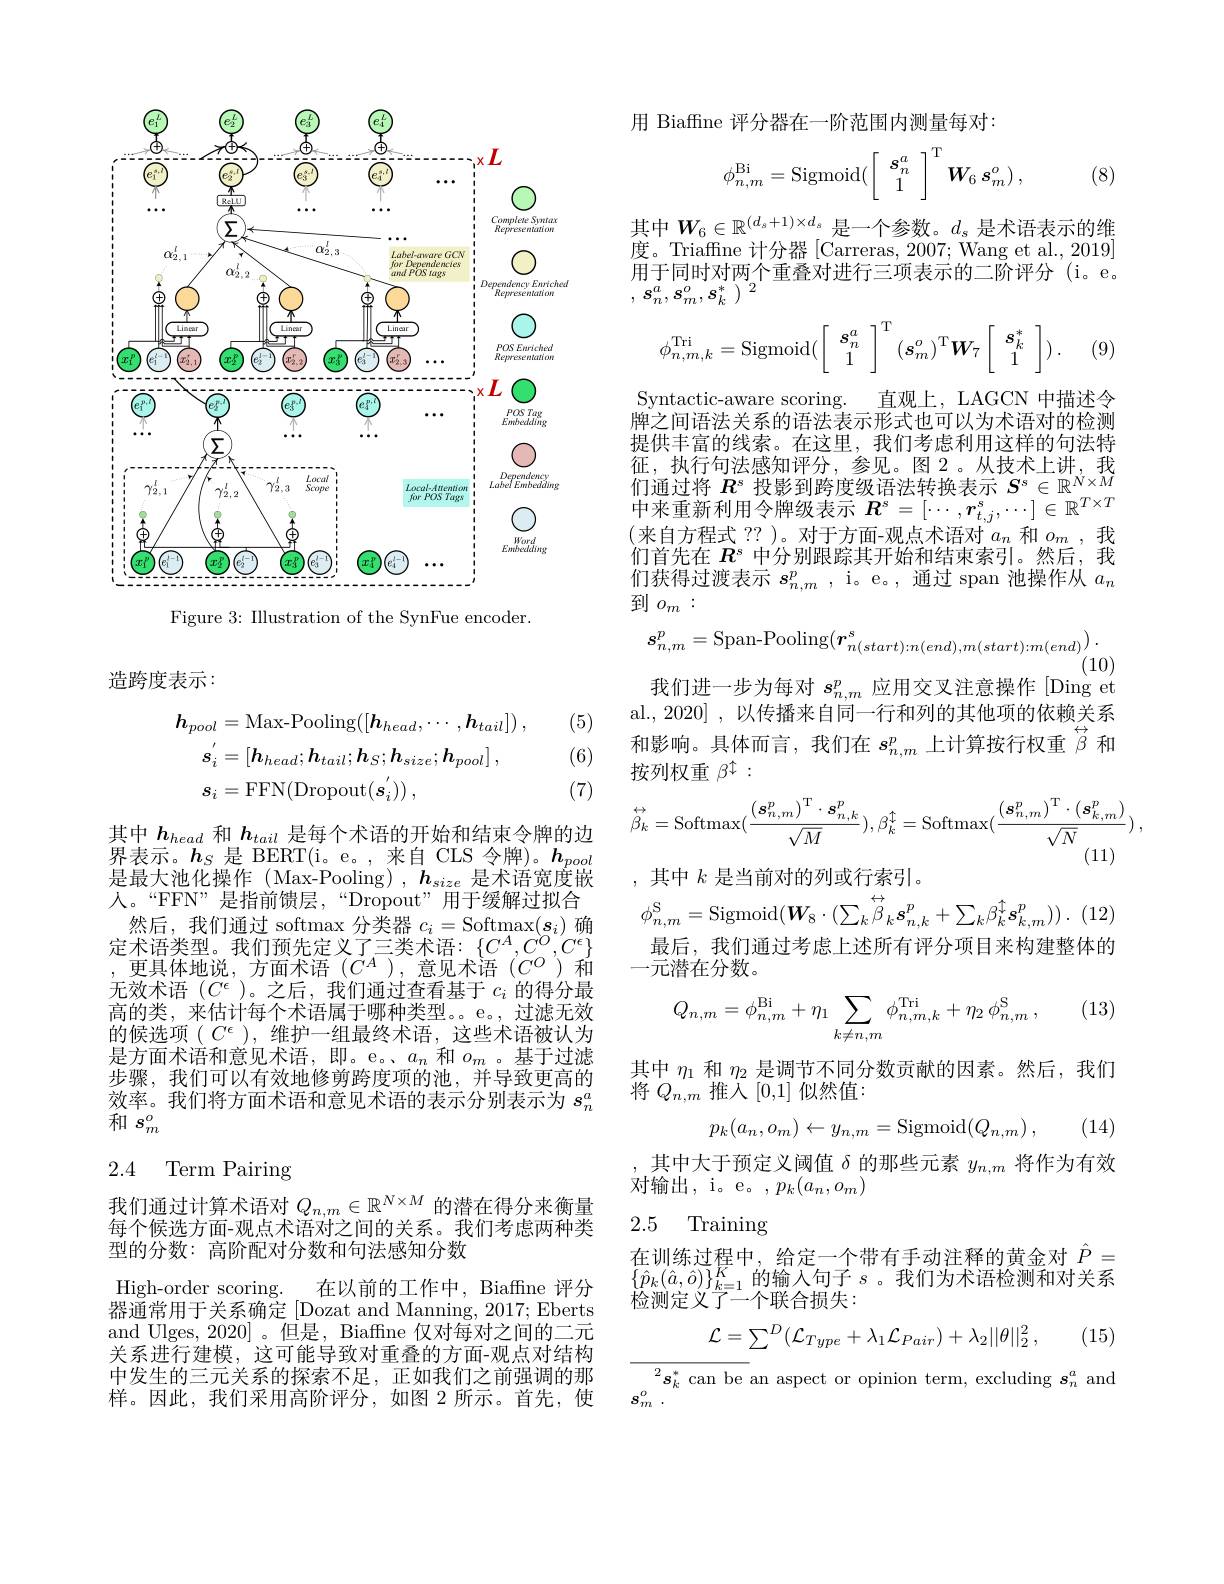
<FigureHere>

Figure 3: Illustration of the SynFue encoder.

造跨度表示：

(5)

(6)
$$\begin{aligned}\boldsymbol{h}_{pool}&=\mathrm{Max-Pooling}([\boldsymbol{h}_{head},\cdots,\boldsymbol{h}_{tail}])\:,\\\boldsymbol{s}_{i}&=[\boldsymbol{h}_{head};\boldsymbol{h}_{tail};\boldsymbol{h}_{S};\boldsymbol{h}_{size};\boldsymbol{h}_{pool}]\:,\\\boldsymbol{s}_{i}&=\mathrm{FFN}(\mathrm{Dropout}(\boldsymbol{s}_{i}^{'}))\:,\end{aligned}$$
(7)

其中$h_{head}$和$h_{tail}$是每个术语的开始和结束令牌的边界表示。$h_S$是 BERT(i。e。,来自 CLS 令牌)。$h_pool$ 是最大池化操作 (Max-Pooling) , $\boldsymbol{h}_{size}$是术语宽度嵌人。“FFN”是指前馈层，“Dropout”用于缓解过拟合然后，我们通过 softmax 分类器$c_i=\operatorname{Softmax}(\boldsymbol{s}_i)$确定术语类型。我们预先定义了三类术语：$\{C^A,C^O,C^\epsilon\}$ $\begin{array}{c}\text{,更具体地说，方面术语(CA),意见术语(CO)和}\\\end{array}$ 无效术语$(C^{\epsilon}$ )。之后，我们通过查看基于$c_i$的得分最高的类，来估计每个术语属于哪种类型。。e。,过滤无效的候选项$(C^\epsilon)$,维护一组最终术语，这些术语被认为是方面术语和意见术语，即。e。、$a_n$和$o_m$ 。基于过滤步骤，我们可以有效地修剪跨度项的池，并导致更高的效率。我们将方面术语和意见术语的表示分别表示为$s_n^a$ 和$s_m^o$

## 2.4 Term Pairing

我们通过计算术语对$Q_{n,m}\in\mathbb{R}^{N\times M}$的潜在得分来衡量每个候选方面-观点术语对之间的关系。我们考虑两种类型的分数：高阶配对分数和句法感知分数

High-order scoring.在以前的工作中，Biaffine 评分器通常用于关系确定 [Dozat and Manning, 2017; Eberts and Ulges, 2020] 。但是，Biaffne 仅对每对之间的二元关系进行建模，这可能导致对重叠的方面-观点对结构中发生的三元关系的探索不足，正如我们之前强调的那样。因此，我们采用高阶评分，如图 2 所示。首先，使

用 Biaffine 评分器在一阶范围内测量每对：
$$\phi_{n,m}^{\mathrm{Bi}}=\mathrm{Sigmoid}(\left[\begin{array}{c}s_{n}^{a}\\1\end{array}\right]^{\mathrm{T}}\boldsymbol{W}_{6}\:s_{m}^{o})\:,$$
(8)

其中$W_6\in\mathbb{R}^{(d_s+1)\times d_s}$是一个参数。$d_s$ 是术语表示的维度。Triaffne 计分器 |Carreras. 2007: Wang et al. 2019用于同时对两个重叠对进行三项表示的二阶评分(i。e。, $s_{n}^{a}, s_{m}^{o}, s_{k}^{* }$ $) ^{2}$
$$\phi_{n,m,k}^\mathrm{Tri}=\mathrm{Sigmoid}(\left[\begin{array}{c}s_n^a\\1\end{array}\right]^\mathrm{T}(\boldsymbol{s}_m^o)^\mathrm{T}\boldsymbol{W}_7\left[\begin{array}{c}s_k^*\\1\end{array}\right]).$$
(9

Syntactic-aware scoring. 直观上，LAGCN 中描述令牌之间语法关系的语法表示形式也可以为术语对的检测提供丰富的线索。在这里，我们考虑利用这样的句法特征，执行句法感知评分，参见。图 2。从技术上讲，我们 通 过 将 $R^s$ 投 影 到 跨 度 级 语 法 转 换 表 示 $S^s\in \mathbb{R} ^{N\times M}$ 中 来 重 新 利 用 令 牌 级 表 示 $R^s= [ \cdots , r_{t, j}^s, \cdots ] \in \mathbb{R} ^{T\times T}$ (本 白 方 程 式 ? ? ) 对 干 方 面 观 占 术 运 对 $a$ 和 $o$ 我(来自方程式 ??)。对于方面-观点术语对$a_n$和$o_m$,我们首先在$R^s$中分别跟踪其开始和结束索引。然后，我们获得过渡表示$s_n,m^p$, i。e。, 通过 span 池操作从$a_n$ 到$o_m:$
$$s_{n,m}^{p}=\text{Span-Pooling}(\boldsymbol{r}_{n(start):n(end),m(start):m(end)}^{s})\:.$$
(10)
我们进一步为每对$s_{n,m}^p$应用交叉注意操作 [Ding et al., 2020] , 以传播来自同一行和列的其他项的依赖关系和影响。具体而言，我们在$s_n,m^p$上计算按行权重$\overset{\leftrightarrow}{\operatorname*{\operatorname*{\beta}}}$和影响。具体而言，我们在$s_n,m^p$上计算按行权重$\overset{\leftrightarrow}{\operatorname*{\beta}}$和按列权重$\beta^{\dagger}:$
$$\stackrel{\leftrightarrow}{\beta_{k}}=\mathrm{Softmax}(\frac{(\boldsymbol{s}_{n,m}^{p})^{\mathrm{T}}\cdot\boldsymbol{s}_{n,k}^{p}}{\sqrt{M}}),\beta_{k}^{\uparrow}=\mathrm{Softmax}(\frac{(\boldsymbol{s}_{n,m}^{p})^{\mathrm{T}}\cdot(\boldsymbol{s}_{k,m}^{p})}{\sqrt{N}})\:,$$
,其中$k$是当前对的列或行索引。
$$\phi_{n,m}^{\mathrm{S}}=\mathrm{Sigmoid}(\boldsymbol{W}_{8}\cdot(\sum_{k}\stackrel{\leftrightarrow}{\beta}_{k}s_{n,k}^{p}+\sum_{k}\beta_{k}^{\uparrow}s_{k,m}^{p}))\:.$$
最后，我们通过考虑上述所有评分项目来构建整体的
一元潜在分数。

(13)
$$Q_{n,m}=\phi_{n,m}^{\mathrm{Bi}}+\eta_{1}\sum_{k\neq n,m}\phi_{n,m,k}^{\mathrm{Tri}}+\eta_{2}\:\phi_{n,m}^{\mathrm{S}}\:,$$
其中$\eta_{1}$和$\eta_{2}$是调节不同分数贡献的因素。然后，我们
将$Q_{n,m}$推入[0,1]似然值：
$$p_k(a_n,o_m)\leftarrow y_{n,m}=\mathrm{Sigmoid}(Q_{n,m})\:,$$
(14)

其中大于预定义阈值$\delta$的那些元素$y_{n,m}$将作为有效
对输出，i。e。$,p_k(a_n,o_m)$

### 2.5 Training

在训练过程中，给定一个带有手动注释的黄金对$\hat{P}=$ $\underset{\text{故会}\operatorname*{\operatorname*{\operatorname*{\{\hat{p}}_{k}(\hat{a},\hat{o})\}_{k=1}^{K}}}{\operatorname*{\operatorname*{\{\hat{p}_{k}(\hat{a},\hat{o})\}_{k=1}^{K}}}}\underset{\text{的输入句子 }s}{\operatorname*{\operatorname*{\operatorname*{\text{的输入句子 }}}}}。我们为术语检测和对关系}$ 检测定义了一个联合损失：
$$\mathcal{L}=\sum^D(\mathcal{L}_{Type}+\lambda_1\mathcal{L}_{Pair})+\lambda_2||\theta||_2^2\:,$$
(15)

$^{2}\boldsymbol{s}_{k}^{*}$can be an aspect or opinion term, excluding $\boldsymbol s_n^{a}$ and
$s_m^o$ .